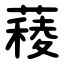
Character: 薐